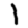
Digit: 1